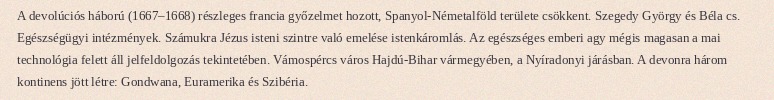
A devolúciós háború (1667–1668) részleges francia győzelmet hozott, Spanyol-Németalföld területe csökkent. Szegedy György és Béla cs. Egészségügyi intézmények. Számukra Jézus isteni szintre való emelése istenkáromlás. Az egészséges emberi agy mégis magasan a mai technológia felett áll jelfeldolgozás tekintetében. Vámospércs város Hajdú-Bihar vármegyében, a Nyíradonyi járásban. A devonra három kontinens jött létre: Gondwana, Euramerika és Szibéria.